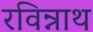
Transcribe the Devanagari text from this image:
रविन्नाथ